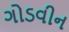
ગોડવીન